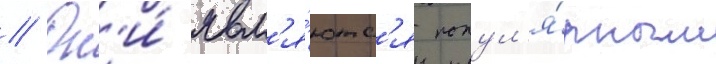
// Он'и́ явл'я́ютс'я попул'я́рным